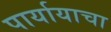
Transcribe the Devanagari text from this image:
पार्यायाचा